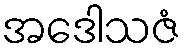
အဒေါသဇံ